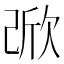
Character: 𣣁